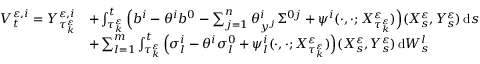
\begin{array} { r l } { V _ { t } ^ { \varepsilon , i } = Y _ { \tau _ { k } ^ { \varepsilon } } ^ { \varepsilon , i } } & { + \int _ { \tau _ { k } ^ { \varepsilon } } ^ { t } \Big ( b ^ { i } - \theta ^ { i } b ^ { 0 } - \sum _ { j = 1 } ^ { n } \theta _ { y ^ { j } } ^ { i } \Sigma ^ { 0 j } + \psi ^ { i } ( \cdot , \cdot ; X _ { \tau _ { k } ^ { \varepsilon } } ^ { \varepsilon } ) \Big ) ( X _ { s } ^ { \varepsilon } , Y _ { s } ^ { \varepsilon } ) \, \mathrm { d } s } \\ & { + \sum _ { l = 1 } ^ { m } \int _ { \tau _ { k } ^ { \varepsilon } } ^ { t } \Big ( \sigma _ { l } ^ { i } - \theta ^ { i } \sigma _ { l } ^ { 0 } + \psi _ { l } ^ { i } ( \cdot , \cdot ; X _ { \tau _ { k } ^ { \varepsilon } } ^ { \varepsilon } ) \Big ) ( X _ { s } ^ { \varepsilon } , Y _ { s } ^ { \varepsilon } ) \, \mathrm { d } W _ { s } ^ { l } } \end{array}